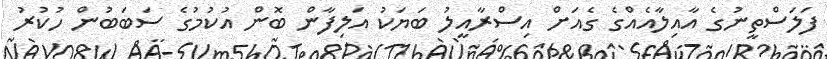
ފަލަސްތީނުގެ އާއިލާއެއްގެ ގެއަށް އިސްރާއީލު ބަޔަކު އަލިފާން ބޮން އުކުމުގެ ސަބަބުން ހުކުރު